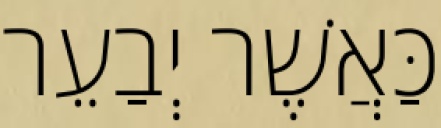
כַּאֲשֶׁר יְבַעֵר